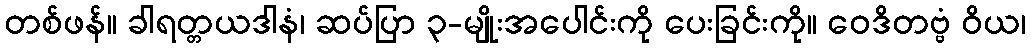
တစ်ဖန်။ ခါရတ္တယဒါနံ၊ ဆပ်ပြာ ၃-မျိုးအပေါင်းကို ပေးခြင်းကို။ ဝေဒိတဗ္ဗံ ဝိယ၊